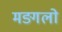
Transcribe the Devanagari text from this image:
मङ्गलो